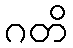
ဂတိ